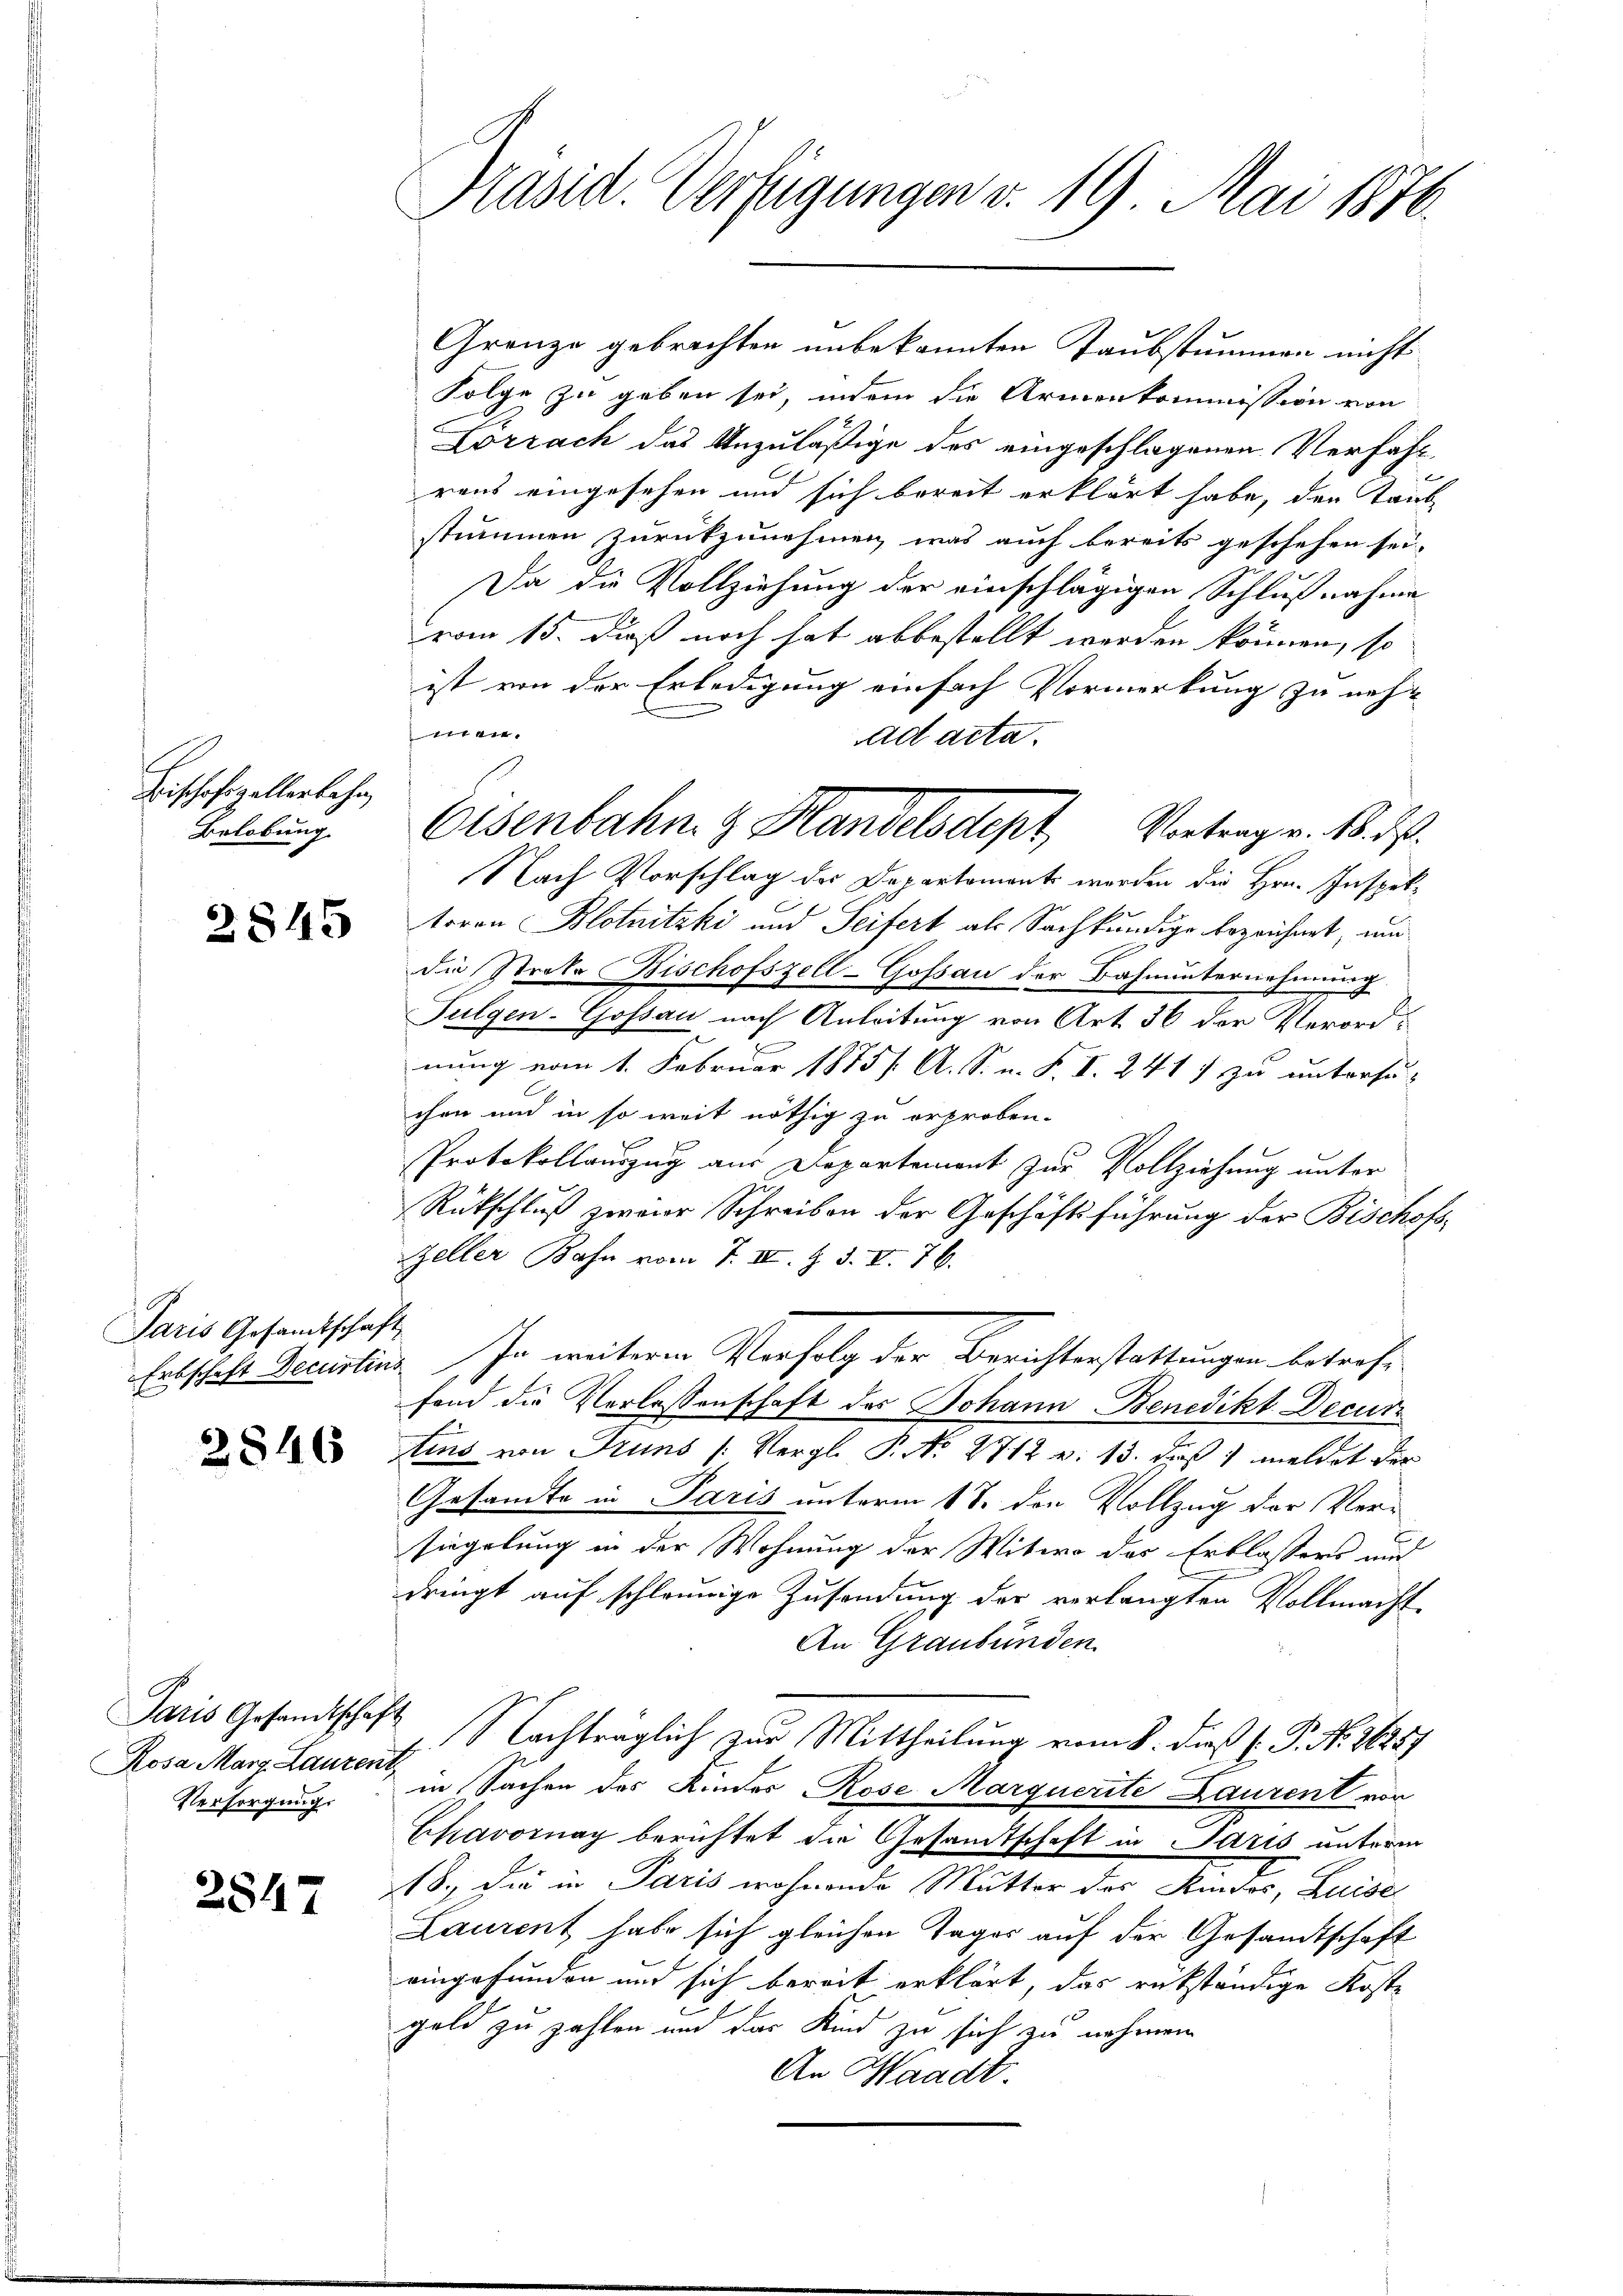
Bischofszellerbahn,
Belobung

2845

Paris Gesamtschaft

2846

Paris Gesandtschaft
Rosa Mart Laurenz
Versorgung.

2547

Präsid. Verfügungen v. 19. Mai 1876.

Granze gebrachten unbekannten Taubstummen nicht
Folge zu geben sei, indem die Armenkommission von
Lörrach das Unzuläßige des eingeschlagenen Verfahr
raus eingesehen und sich bereit erklärt habe, den Taub
stummen zurückzunehmen, was auch bereits geschehen sei.
Da die Vollziehung der einschlägigen Schlußnahme
vom 15. daß noch hat abbestellt werden können, so
ist von der Erledigung einfach Vormerkung zu nehete
Nach Vorschlag des Departement worden die Hrn. Inspekteren Blotnitzki und Seifert als Sachkundige bezeichnet, um
die Streke Bischofszell-Gossau der Bahnunternehmung,
Fulgen-Gossau nach Anleitung von Art. 36 der Verordnung vom 1. Februar 1885/ A. S. n. F. I. 241) zu untersu-
chen und in so weit nöthig zu erproben.
Protokollauszug aus Departement zur Vollziehung unter
Rückschluß zweier Schreiben der Geschäftsführung der Bischofs-
Zeller Bahn vom 7. IV. Z. d. V. 76.
Entschaft Decurtins In weiteren Verfolg der Berichterstattungen betreff
fond die Verlassenschaft des Johann Benedikt Decur
tins von Truns (Vergl. P. Nr. 2712 v. 13. daß meldet der
Gesandte in Paris unterm 18. den Vollzug der Ver-
siegelung in der Wohnung der Mitwo des Erblassers und
dringt auf schleunige Zusendung der verlangten Vollmacht
An Graubünden
Nachträglich zur Mittheilung vom 8. dieß ( P. Nr. 26257
in Sachen des Kinder Rose Marquerite Laurent von
Chavornay berichtet die Gesandtschaft in Paris unterm
18. die in Paris wohnende Mutter des Kindes, Luise
Laurent habe sich gleichen Tages auf der Gesandtschaft
eingefunden und sich bereit erklärt, das rükständige Koste
geld zu zahlen und das Kind zu sich zu nehmen
An Waadt.

ad acta.
Eisenbahn z. Handelsdept, Vortrag v. 18. d.